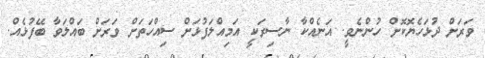
ވަރަށް ދުޅަހެޔޮކޮށް ހުންނެވީ. އަނެއްކާ ނާސިރަކީ އަމިއްލަފުޅަށް ސިއްހަތަށް ވަރަށް ބައްލަވާ ބޭފުޅެއް.